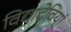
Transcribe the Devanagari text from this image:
विद्यादेवियां